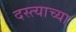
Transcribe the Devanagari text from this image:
दस्त्याच्या